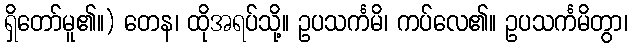
ရှိတော်မူ၏။) တေန၊ ထိုအရပ်သို့။ ဥပသင်္ကမိ၊ ကပ်လေ၏။ ဥပသင်္ကမိတွာ၊